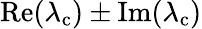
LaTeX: \operatorname{Re}(\lambda_{\mathrm{c}})\pm\operatorname{Im}(\lambda_{\mathrm{c}})